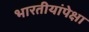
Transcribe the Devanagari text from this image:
भारतीयांपेक्षा